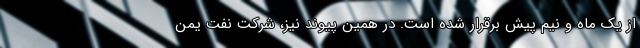
از یک ماه و نیم پیش برقرار شده است. در همین پیوند نیز، شرکت نفت یمن